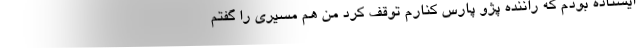
ایستاده بودم که راننده پژو پارس کنارم توقف کرد من هم مسیری را گفتم